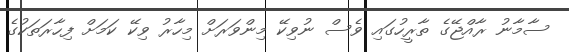
ސާމާނު ރާއްޖޭގެ ތާރީހުގައި ވެސް ނުވިކޭ މިންވަރަށް މިހާރު ވިކޭ ކަމަށް ފިހާރަތަކުގެ